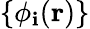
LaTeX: \{ \phi_{\mathbf{i}}(\textbf{{r}})\}